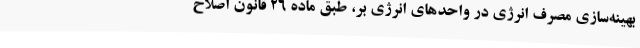
بهینه‌سازی مصرف انرژی در واحدهای انرژی بر، طبق ماده 26 قانون اصلاح